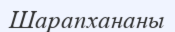
Шарапхананы